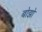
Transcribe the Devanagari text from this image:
बोझो